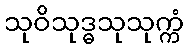
သုဝိသုဒ္ဓသုသုက္ကံ